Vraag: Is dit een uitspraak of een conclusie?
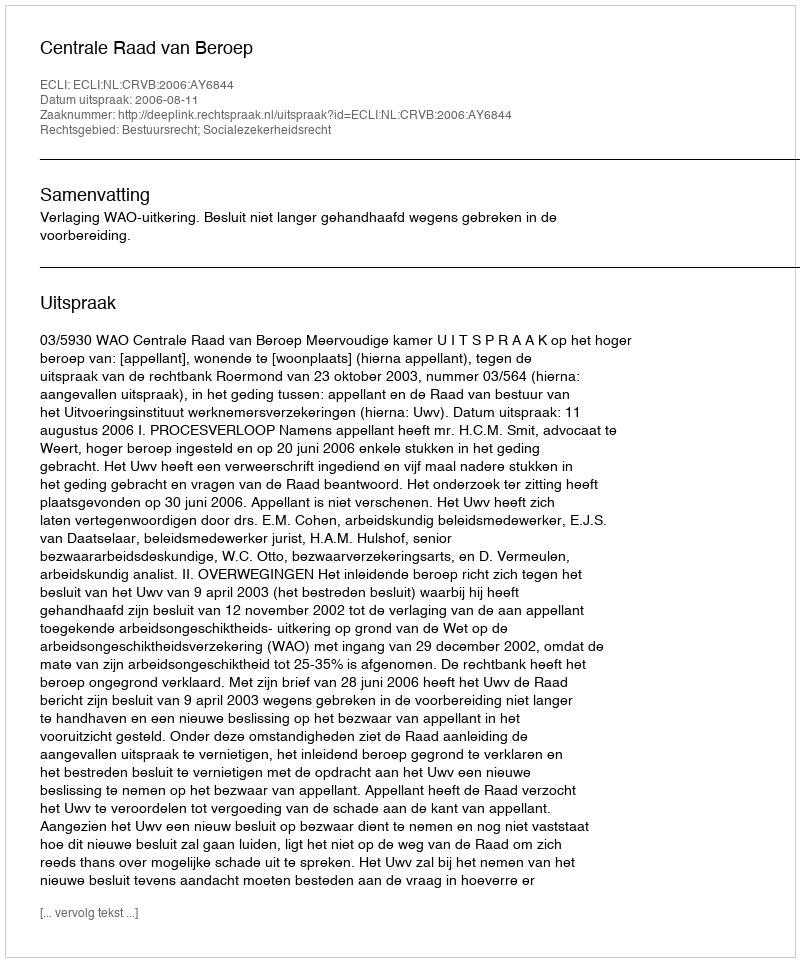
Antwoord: Uitspraak